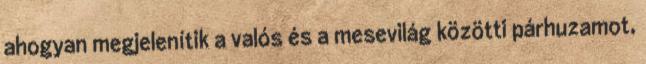
ahogyan megjelenítik a valós és a mesevilág közötti párhuzamot,